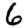
Digit: 6